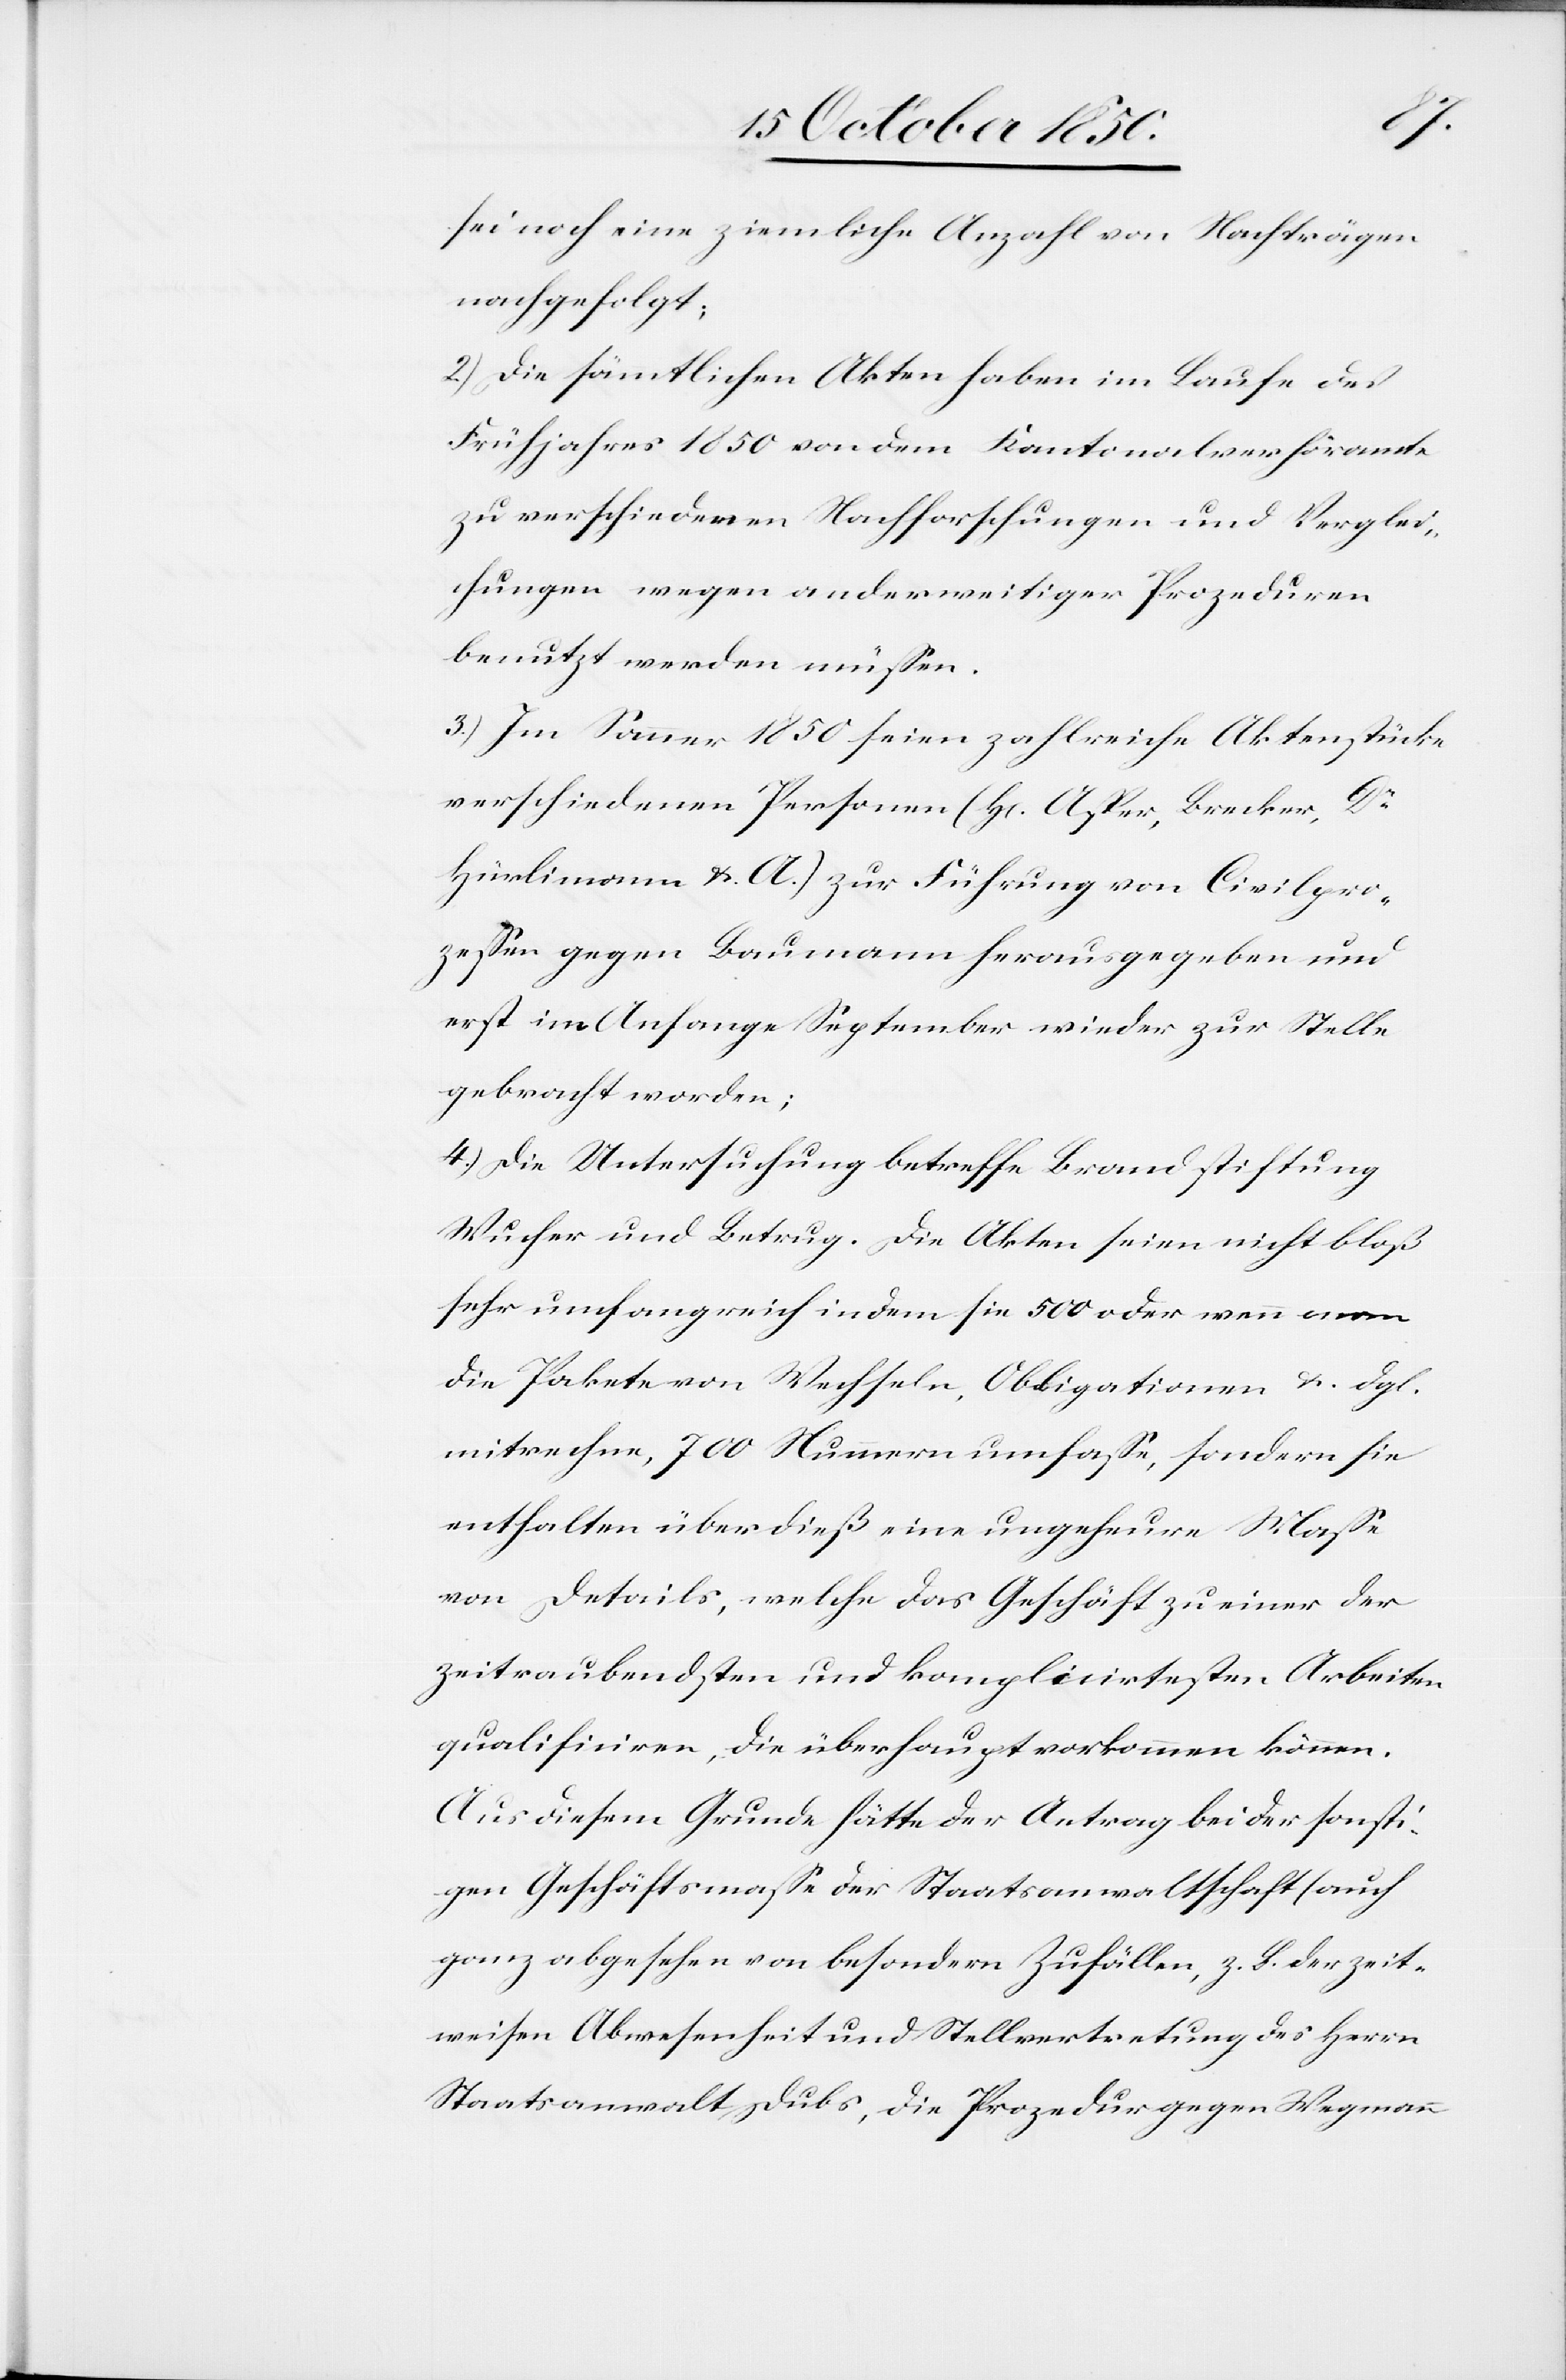
sei noch eine ziemliche Anzahl von Nachträgen
nachgefolgt;
2.) Die sämtlichen Akten haben im Laufe des
Frühjahres 1850 von dem Kantonalverhöramte
zu verschiedenen Nachforschungen und Verglei¬
chungen wegen anderweitiger Prozeduren
benutzt werden müssen.
3.) Im Sommer 1850 seien zahlreiche Aktenstücke
verschiedenen Personen (H. Asper, Brecker, Dr
Hürlimann &. A.) zur Führung von Civilpro¬
zessen gegen Baumann herausgegeben und
erst im Anfange September wieder zur Stelle
gebracht worden;
4.) Die Untersuchung betreffe Brandstiftung[,]
Wucher und Betrug. Die Akten seien nicht bloß
sehr umfangreich indem sie 500 oder wenn man
die Pakete von Wechseln, Obligationen & dgl.
mitrechne, 700 Nummern umfasse, sondern sie
enthalten überdieß eine ungeheure Masse
von Details, welche das Geschäft zu einer der
zeitraubendsten und komplicirtesten Arbeiten
qualificiren, die überhaupt vorkommen können.
Aus diesem Grunde hätte der Antrag bei der sonsti¬
gen Geschäftsmasse der Staatsanwaltschaft (auch
ganz abgesehen von besondern Zufällen, z. B. der zeit¬
weisen Abwesenheit und Stellvertretung des Herrn
Staatsanwalt Dubs, die Prozedur gegen Wegmann